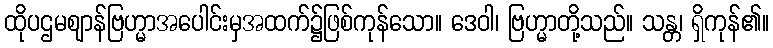
ထိုပဌမဈာန်ဗြဟ္မာအပေါင်းမှအထက်၌ဖြစ်ကုန်သော။ ဒေဝါ၊ ဗြဟ္မာတို့သည်။ သန္တ၊ ရှိကုန်၏။